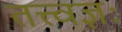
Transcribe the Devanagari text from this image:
तत्त्वज्ञः